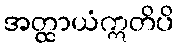
အတ္ထာယံဣတိပိ